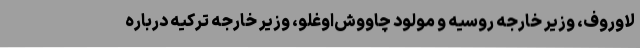
لاوروف، وزیر خارجه روسیه و مولود چاووش‌اوغلو، وزیر خارجه ترکیه درباره